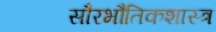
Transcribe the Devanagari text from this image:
सौरभौतिकशास्त्र